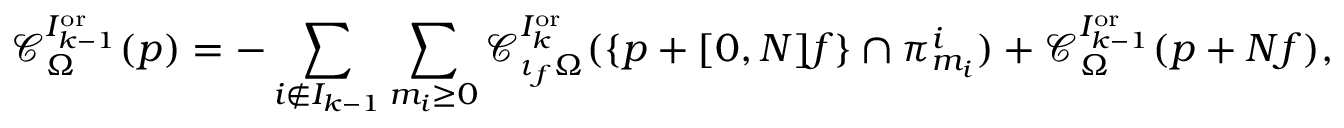
\mathcal { C } _ { \Omega } ^ { I _ { k - 1 } ^ { \mathrm { o r } } } ( p ) = - \sum _ { i \notin I _ { k - 1 } } \sum _ { m _ { i } \ge 0 } \mathcal { C } _ { \iota _ { f } \Omega } ^ { I _ { k } ^ { \mathrm { o r } } } ( \{ p + [ 0 , N ] f \} \cap \pi _ { m _ { i } } ^ { i } ) + \mathcal { C } _ { \Omega } ^ { I _ { k - 1 } ^ { \mathrm { o r } } } ( p + N f ) ,